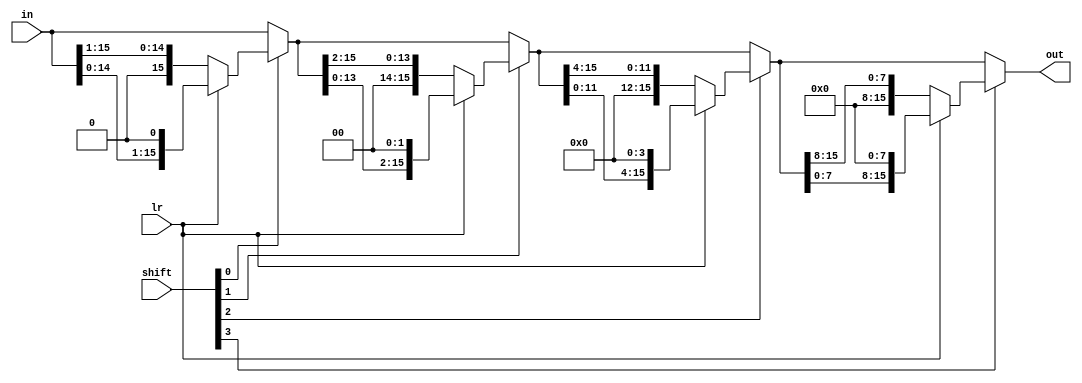
module LShifter(shift, lr, in, out);
//lr? 1 == left, 0 == right
//logical shifter

	input [3:0] shift;
	input lr;
	input [15:0] in;
	
	output [15:0] out;
	
	wire [15:0] st1, st2, st3;
	
	assign st1 = shift[0]? (lr? {in[14:0], 1'b0}:{1'b0, in[15:1]}) : in[15:0];
	assign st2 = shift[1]? (lr? {st1[13:0], 2'b00}:{2'b00, st1[15:2]}) : st1[15:0];
	assign st3 = shift[2]? (lr? {st2[11:0], 4'b0000}:{4'b0000, st2[15:4]}) : st2[15:0];
	assign out = shift[3]? 
	(lr? {st3[7:0], 8'b00000000}:{8'b00000000, st3[15:8]}) : st3[15:0];

endmodule